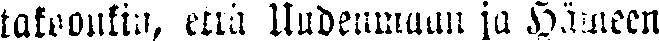
takoonkin, että Uudenmaan ja Hämeen